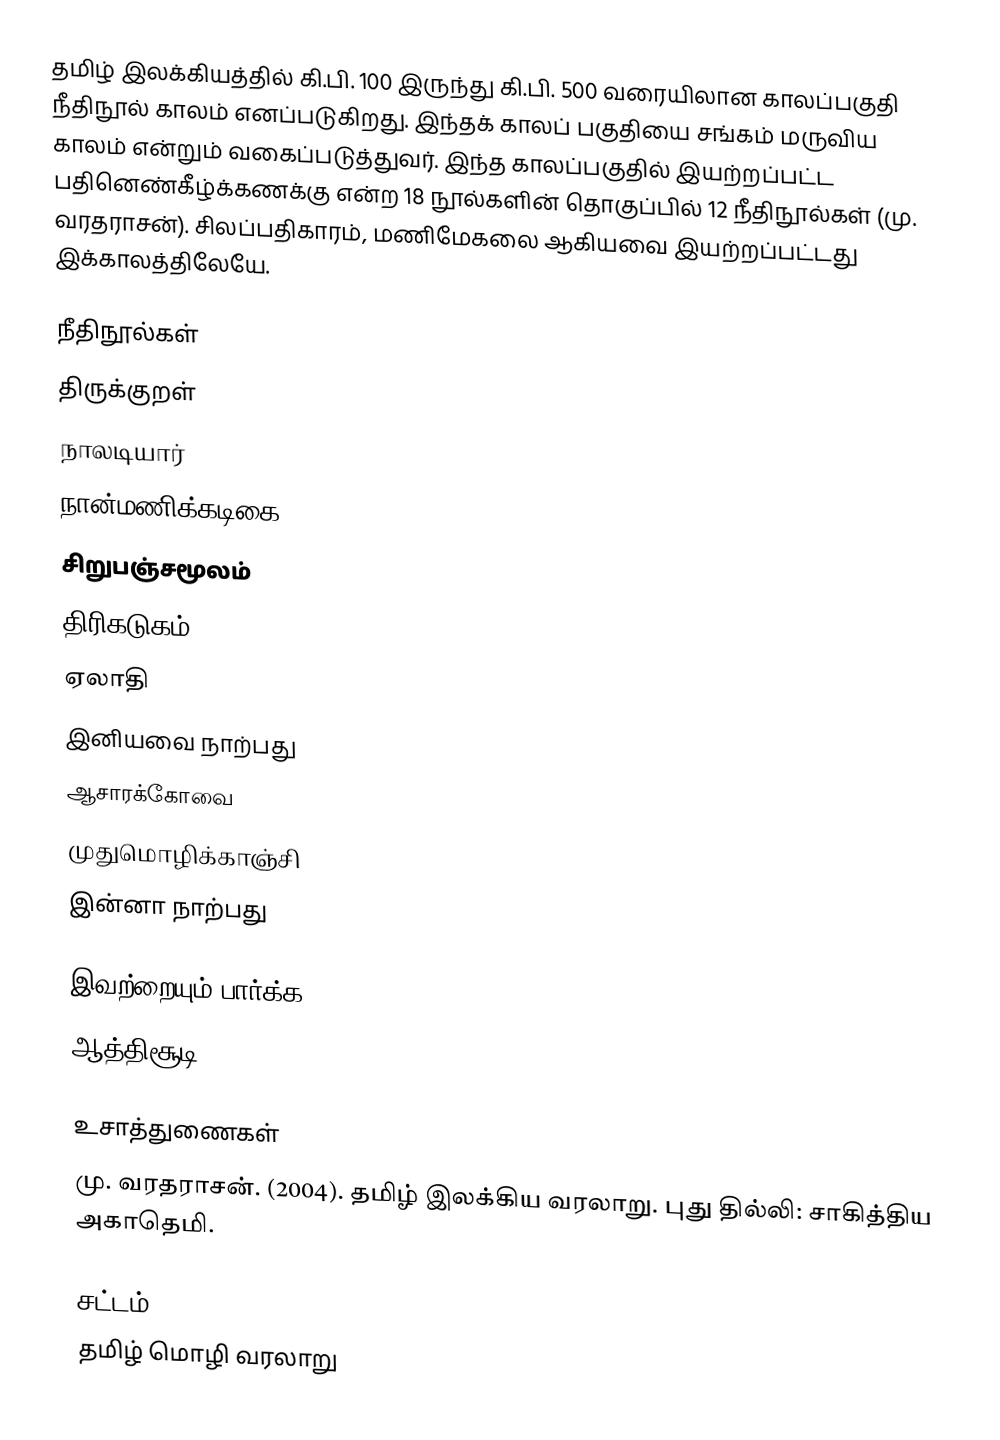
தமிழ் இலக்கியத்தில் கி.பி. 100 இருந்து கி.பி. 500 வரையிலான காலப்பகுதி நீதிநூல் காலம் எனப்படுகிறது.  இந்தக் காலப் பகுதியை சங்கம் மருவிய காலம் என்றும் வகைப்படுத்துவர்.  இந்த காலப்பகுதில் இயற்றப்பட்ட பதினெண்கீழ்க்கணக்கு என்ற 18 நூல்களின் தொகுப்பில் 12 நீதிநூல்கள் (மு. வரதராசன்).  சிலப்பதிகாரம், மணிமேகலை ஆகியவை இயற்றப்பட்டது இக்காலத்திலேயே.

நீதிநூல்கள்
 திருக்குறள்
 நாலடியார்
 நான்மணிக்கடிகை
 சிறுபஞ்சமூலம்
 திரிகடுகம்
 ஏலாதி
 இனியவை நாற்பது
 ஆசாரக்கோவை
 முதுமொழிக்காஞ்சி
 இன்னா நாற்பது

இவற்றையும் பார்க்க
 ஆத்திசூடி

உசாத்துணைகள்
 மு. வரதராசன். (2004). தமிழ் இலக்கிய வரலாறு. புது தில்லி: சாகித்திய அகாதெமி.

சட்டம்
தமிழ் மொழி வரலாறு